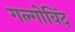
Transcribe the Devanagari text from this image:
गल्गोविंद